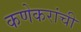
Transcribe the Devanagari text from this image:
कणेकरांची